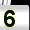
Digit: 5